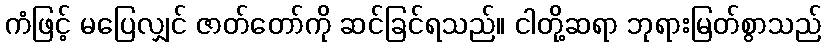
ကံဖြင့် မပြေလျှင် ဇာတ်တော်ကို ဆင်ခြင်ရသည်။ ငါတို့ဆရာ ဘုရားမြတ်စွာသည်